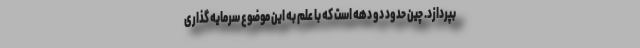
بپردازد. چین حدود دو دهه است که با علم به این موضوع سرمایه گذاری